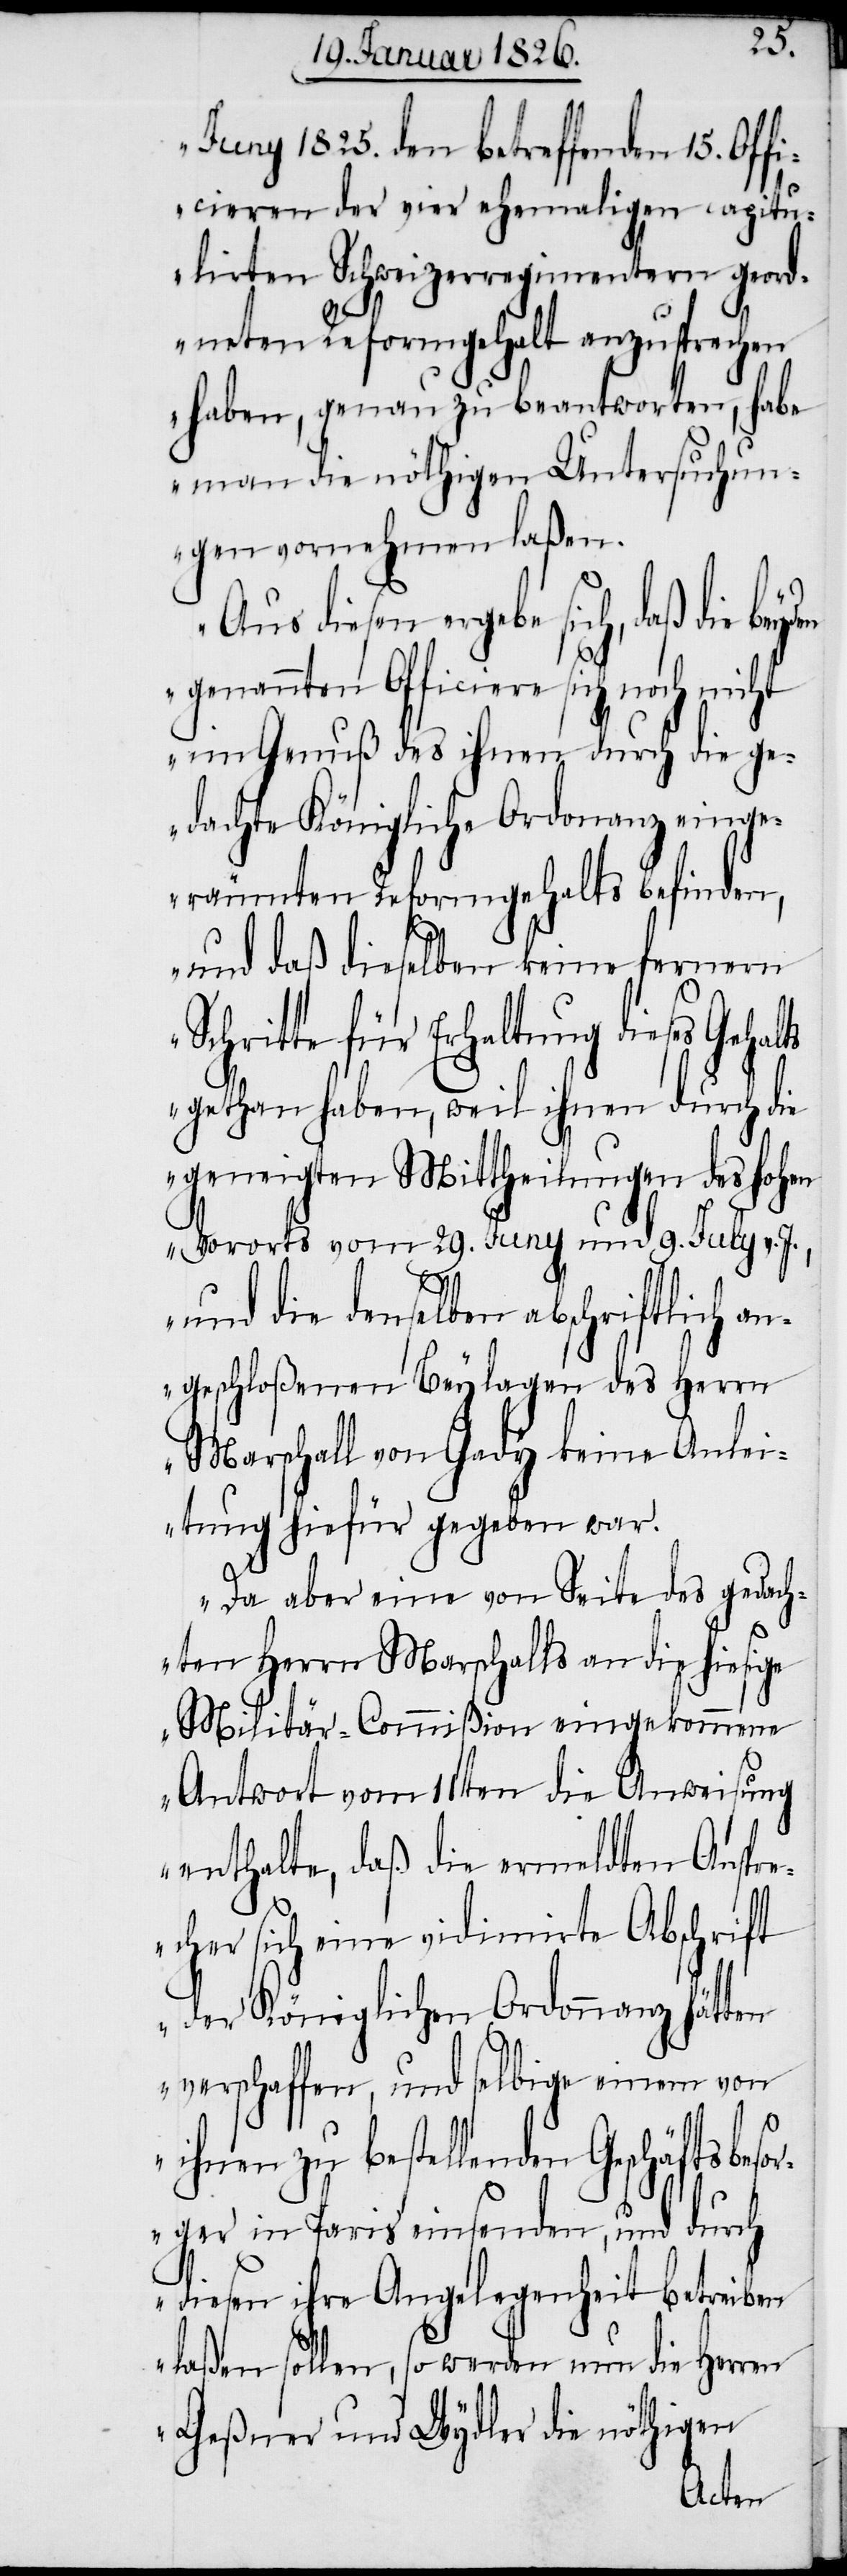
Juny 1825. den betreffenden 15. Of¬
ficieren der vier ehemaligen capitu¬
lirten Schweizerregimentern geord¬
neten Reformgehalt anzusprechen
haben, genau zu beantworten, habe
man die nöthigen Untersuchun¬
gen vornehmen laßen.
Aus diesen ergebe sich, daß die
genannten Officiere sich noch nicht
im Genuß des ihnen durch die ge¬
dachte Königliche Ordonanz einge¬
räumten Reformgehalts befinden,
und daß dieselben keine fernern
chritte für Erhaltung dieses
gethan haben, weil ihnen durch die
geneigten Mittheilungen des hohen
Vororts vom 29. Juny und 9. July v.
und die denselben abschriftlich a¬
ngeschloßenen Beylagen des Herrn
Marschall von Gady keine Anlei¬
tung hiefür gegeben war.
S¬
Da aber eine von Seite des gedach¬
ten Herrn Marschalls an die hiesige
Militär-Commißion eingekommene
Antwort vom 11ten die Anweisung
enthalte, daß die ermeldten Anspr¬
echer sich eine vidimirte Abschrift
der Königlichen Ordonnanz hätten
verschaffen, und selbige einem von
ihnen zu bestellenden Geschäftsbeso¬
rger in Paris einsenden, und durch
diesen ihre Angelegenheit betreiben
laßen sollen, so werden nun die Herren
Geßner und Wydler die nöthigen